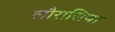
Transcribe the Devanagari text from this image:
लौरासिया